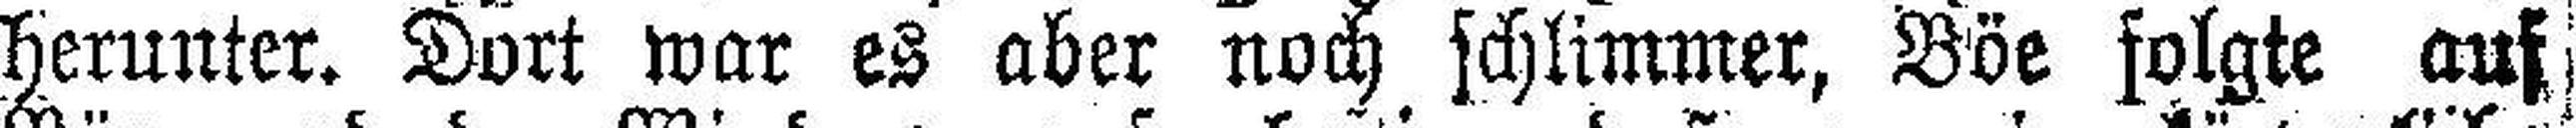
herunter. Dort war es aber noch schlimmer, Böe folgte auf